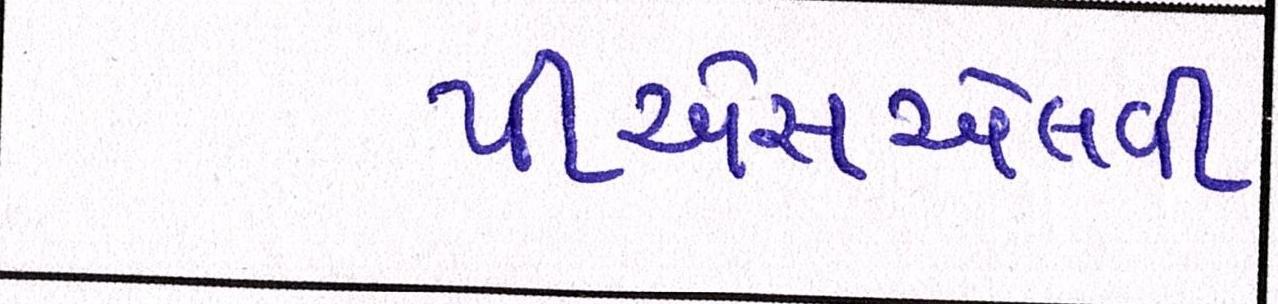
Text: પીએસએલવી